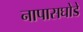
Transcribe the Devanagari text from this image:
नापासघोडे